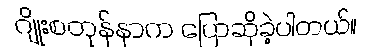
ဂျိုးစတုန်နာက ပြောဆိုခဲ့ပါတယ်။